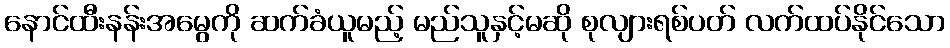
နောင်ထီးနန်းအမွေကို ဆက်ခံယူမည့် မည်သူနှင့်မဆို စုလျားရစ်ပတ် လက်ထပ်နိုင်သော